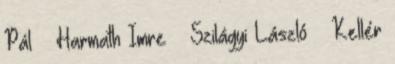
Pál – Harmath Imre – Szilágyi László – Kellér